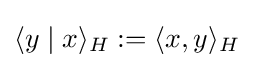
\langle y\mid x\rangle _{H}:=\langle x,y\rangle _{H}